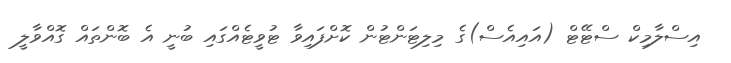
އިސްލާމިކް ސްޓޭޓް (އައިއެސް)ގެ މިލިޓަންޓުން ކޮށްފައިވާ ޓުވީޓެއްގައި ބުނީ އެ ބޮންތައް ގޮއްވާލީ